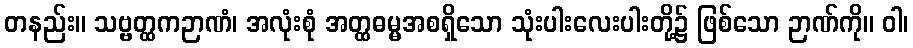
တနည်း။ သဗ္ဗတ္ထကဉာဏံ၊ အလုံးစုံ အတ္ထဓမ္မအစရှိသော သုံးပါးလေးပါးတို့၌ ဖြစ်သော ဉာဏ်ကို။ ဝါ၊